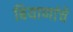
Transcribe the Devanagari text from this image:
बियाणांचे